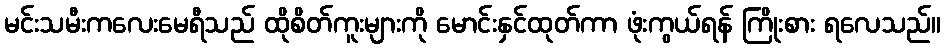
မင်းသမီးကလေးမေရီသည် ထိုစိတ်ကူးများကို မောင်းနှင်ထုတ်ကာ ဖုံးကွယ်ရန် ကြိုးစား ရလေသည်။